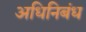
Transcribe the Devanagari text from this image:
अधिनिबंध